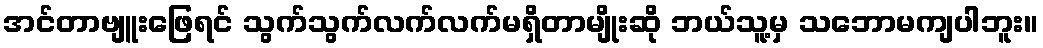
အင်တာဗျူးဖြေရင် သွက်သွက်လက်လက်မရှိတာမျိုးဆို ဘယ်သူ့မှ သဘောမကျပါဘူး။